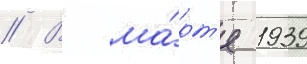
// В ма́рт'е 1939